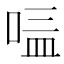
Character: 𱓀